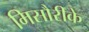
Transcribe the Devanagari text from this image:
मिसौरीके